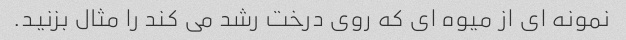
نمونه ای از میوه ای که روی درخت رشد می کند را مثال بزنید.